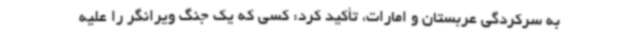
به سرکردگی عربستان و امارات، تأکید کرد: کسی که یک جنگ ویرانگر را علیه